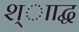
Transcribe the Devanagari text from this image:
श्ााद्ध